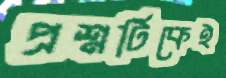
প্রশ্নটিকেই